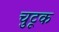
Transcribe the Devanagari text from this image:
चुटूक